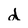
Character: d